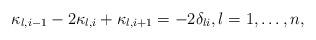
LaTeX: \begin{align*} \kappa_{l,i-1} - 2\kappa_{l,i} + \kappa_{l,i+1} = -2\delta_{li}, l = 1,\ldots,n,\end{align*}